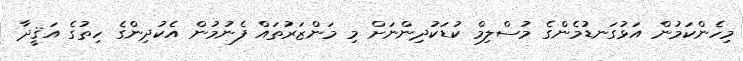
މިހެންކަމުން އަޅުގަނޑުމެންގެ މުސްލިމް ކުޑަކުދިންނަށް މި މަންޒަރުތައް ފެނުމުން އެކުދިންގެ ހިތުގެ އަޤީދާ